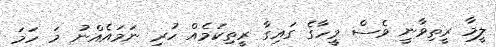
ލީމާ ރީތިވާނީ ވެސް މީހާގެ ގައިގާ ރީތިކަމެއް ހުރި ނަމައެއްނު މަ ހަމަ